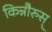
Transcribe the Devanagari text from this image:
किन्नौरुस्